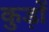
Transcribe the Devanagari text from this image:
कुड़ों